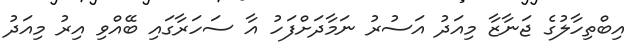
އިބްތިހާލުގެ ޖަނާޒާ މިއަދު އަސުރު ނަމާދަށްފަހު އާ ސަހަރާގައި ބޭއްވި އިރު މިއަދު